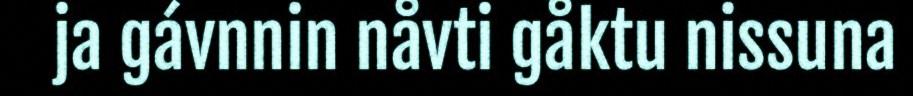
ja gávnnin nåvti gåktu nissuna